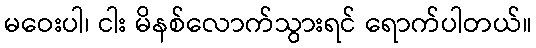
မဝေးပါ၊ ငါး မိနစ်လောက်သွားရင် ရောက်ပါတယ်။